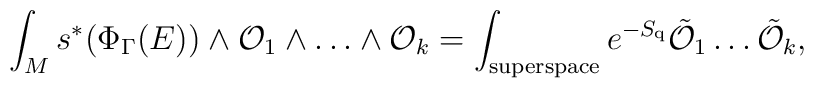
\int_{M} s^{*}(\Phi_{\Gamma}(E)) \wedge {\cal O}_{1}\wedge \dots    \wedge {\cal O}_{k} = \int_{{\rm superspace}} e^{-S_{{\rm q}}}  \tilde{{\cal O}}_{1}\dots  \tilde{{\cal O}}_{k},